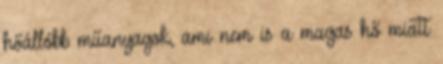
hőállóbb műanyagok, ami nem is a magas hő miatt